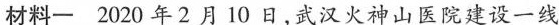
材料一2020年2月10日，武汉火神山医院建设一线